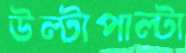
উল্টাপাল্টা